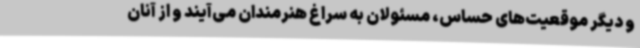
و دیگر موقعیت‌های حساس، مسئولان به سراغ هنرمندان می‌آیند و از آنان